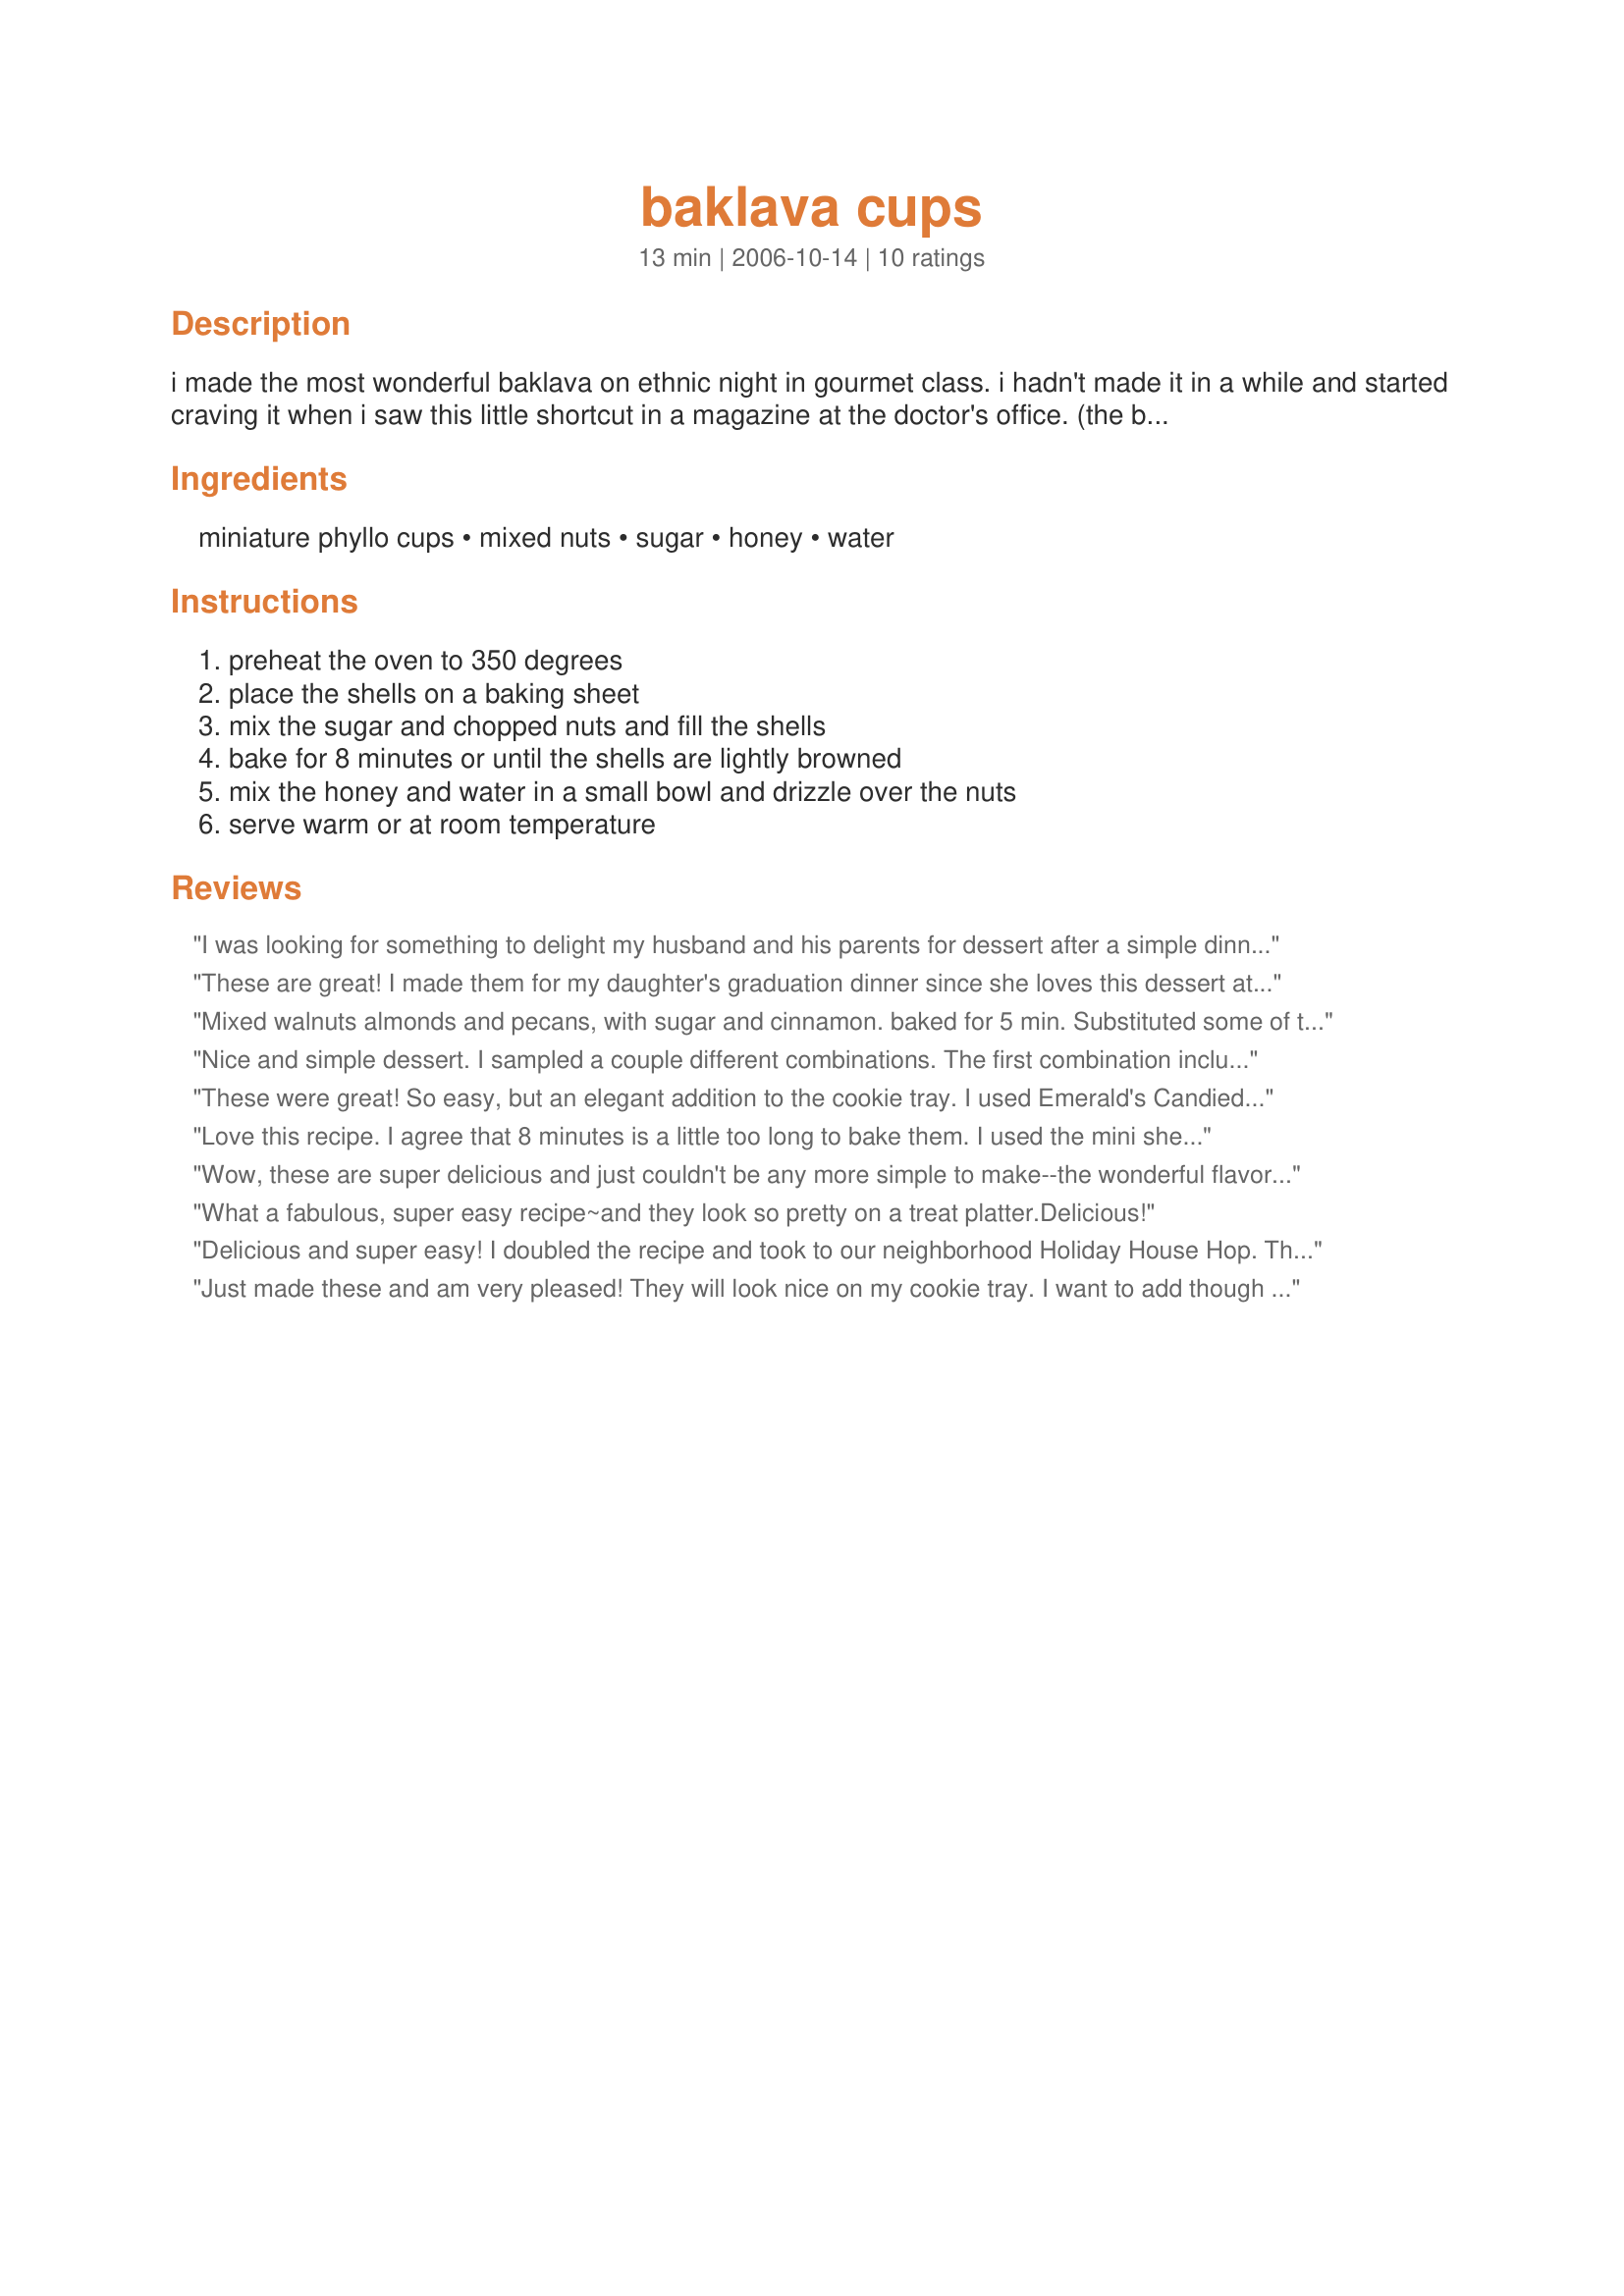
baklava cups
Preparation time: 13 minutes

i made the most wonderful baklava on ethnic night in gourmet class. i hadn't made it in a while and started craving it when i saw this little shortcut in a magazine at the doctor's office. (the best part about the wait is scanning the magazine rack!) also, if you want to get even more fancy and creative, top with a dollop of nutella or chocolate fudge, or even an chocolate mint bar.

Ingredients:
miniature phyllo cups, mixed nuts, sugar, honey, water

Steps:
preheat the oven to 350 degrees, place the shells on a baking sheet, mix the sugar and chopped nuts and fill the shells, bake for 8 minutes or until the shells are lightly browned, mix the honey and water in a small bowl and drizzle over the nuts, serve warm or at room temperature

Reviews:
I was looking for something to delight my husband and his parents for dessert after a simple dinner. They had lived in Turkey for a while and my husband constantly lamented the lack of good Baklava at any of the Mediterranean restaurants in our area. Pistachios are a must if you want this to be authentic, but I'm not a fan of them myself so I made some with and some without. My family loved this treat and it was so very simple to make!
These are great! I made them for my daughter's graduation dinner since she loves this dessert at the greek restaurant. They were so simple to make and tasted rich and delicious. I'm sure I will make again. Thanks for posting!
Mixed walnuts almonds and pecans, with sugar and cinnamon. baked for 5 min. Substituted some of the water for fresh fresh lemon juice and a couple of drops of rose water.
Nice and simple dessert. I sampled a couple different combinations. The first combination included walnuts, pecans and pistachios. I wasn't a big fan of the pistachios. The secound round, I mixed pecans, sugar, cinnammon and nutmeg and loved it. The third combination, I used roasted chopped pecans with sugar and drizzled nutella, which I loved.
These were great! So easy, but an elegant addition to the cookie tray. I used Emerald's Candied Pecans instead of the mixed nuts. 
Thanks Redneck!
Love this recipe. I agree that 8 minutes is a little too long to bake them. I used the mini shells and went with 4 mins, and they were just right. I also added just a little spot of butter on top before I baked them, Nummers!!
Wow, these are super delicious and just couldn't be any more simple to make--the wonderful flavor of baklava without all of the hard work! :) Thank you for sharing your recipes and yourself with us, Amy. You will be greatly missed here.
What a fabulous, super easy recipe~and they look so pretty on a treat platter.<br/>Delicious!
Delicious and super easy! I doubled the recipe and took to our neighborhood Holiday House Hop. They are gorgeous and so easy to throw together. I doubled the recipe and the ingredient amounts were spot on. I used a combo of almonds, walnuts & pecans. I added about 1/16 teaspoon of ground cinnamon, which was lovely. Thanks for posting!
Just made these and am very pleased! They will look nice on my cookie tray. I want to add though to check cups before the 8 minutes-mine were a little too crispy!
Thanks for a keeper!
